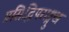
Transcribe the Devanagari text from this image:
प्रसिद्धिपराङ्मुख